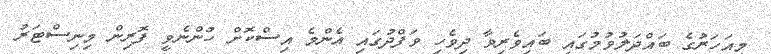
މިއަހަރުގެ ބައްދަލުވުމުގައި ބައިވެރިވާ ދިވެހި ވަފްދުގައި އެންމެ އިސްކޮށް ހުންނެވީ ފޮރިން މިނިސްޓަރު